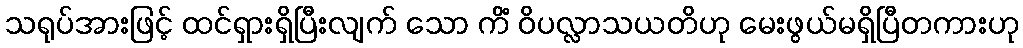
သရုပ်အားဖြင့် ထင်ရှားရှိပြီးလျက် သော ကိံ ဝိပလ္လာသယတိဟု မေးဖွယ်မရှိပြီတကားဟု